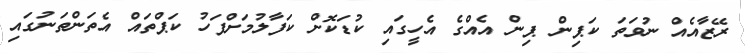
ރޭޒާއެއް ނުވަތަ ކަޕިން ޕިން އެއްގެ އެހީގައި ކުޑަކޮށް ކަފާލުމަށްފަހު ކަޕްތައް އެތަންތަނުގައި